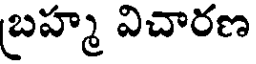
బ్రహ్మ విచారణ